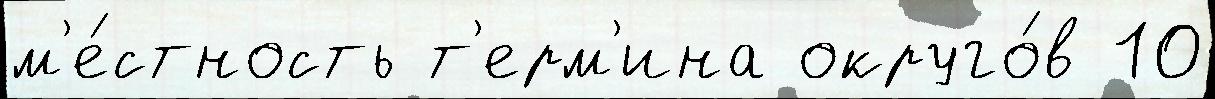
м'е́стность т'ерм'ина округо́в 10